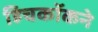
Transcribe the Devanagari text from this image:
हिचकॉकने